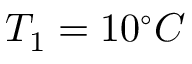
T _ { 1 } = 1 0 ^ { \circ } C